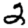
Digit: 2